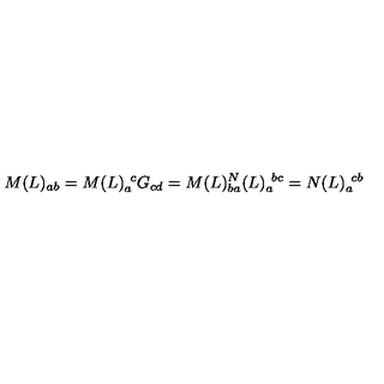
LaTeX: M ( L ) _ { a b } = M ( L ) _ { a } ^ { \ c } G _ { c d } = M ( L ) _ { b a } \sp N ( L ) _ { a } ^ { \ b c } = N ( L ) _ { a } ^ { \ c b }